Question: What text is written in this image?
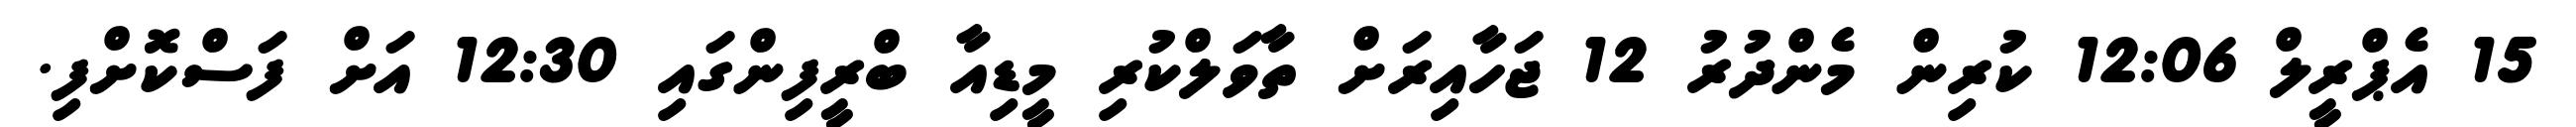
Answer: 15 އެޕްރީލް 12:06 ކުރިން މެންދުރު 12 ޖަހާއިރަށް ތާވަލްކުރި މީޑިއާ ބްރީފިންގައި 12:30 އަށް ފަސްކޮށްފި.